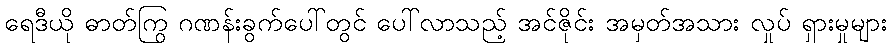
ရေဒီယို ဓာတ်ကြွ ဂဏန်းခွက်ပေါ်တွင် ပေါ်လာသည့် အင်ဇိုင်း အမှတ်အသား လှုပ် ရှားမှုများ